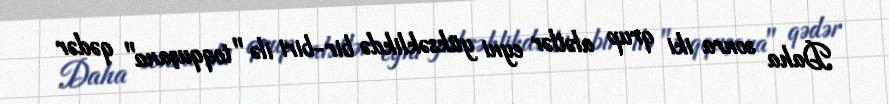
Daha sonra iki qrup alətlər eyni yüksəklikdə bir-biri ilə "toqquşana" qədər